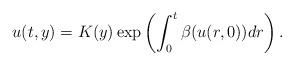
LaTeX: \begin{align*} u(t,y) = K(y)\exp \left( \int_{0}^{t} \beta(u(r,0)) dr \right).\end{align*}